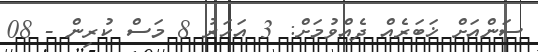
ސަންއަށް ޚަބަރެއް ދެއްވުމަށް: 3 އަހަރު 8 މަސް ކުރިން - 08